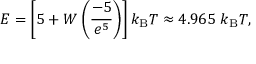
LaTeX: E = \left[ 5 + W \left( { \frac { - 5 } { e ^ { 5 } } } \right) \right] k _ { \mathrm { B } } T \approx 4 . 9 6 5 \ k _ { \mathrm { B } } T ,